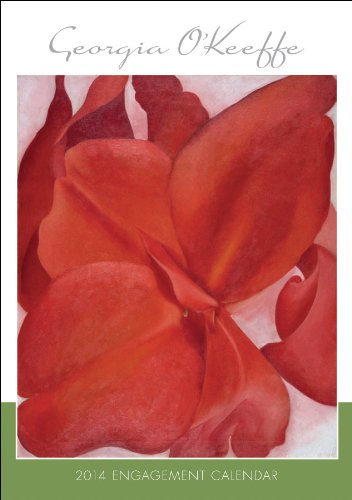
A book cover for Georgia O'keeffe 2014 Calendar; Georgia O'Keeffe; Calendars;